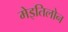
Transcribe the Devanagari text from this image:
मेइतिलोन